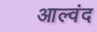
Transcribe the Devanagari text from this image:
आल्वंद